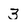
Character: 3